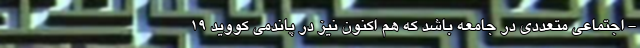
- اجتماعی متعددی در جامعه باشد که هم اکنون نیز در پاندمی کووید ۱۹